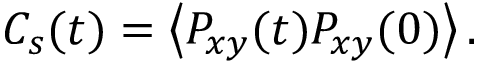
C _ { s } ( t ) = \left\langle P _ { x y } ( t ) P _ { x y } ( 0 ) \right\rangle .